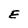
Character: E